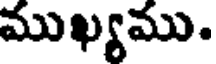
ముఖ్యము.